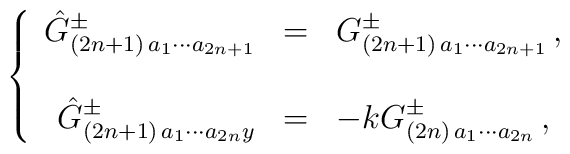
\left\{\begin{array}{rcl}\hat{G}^{\pm}_{(2n+1)\, a_{1}\cdots a_{2n+1}} & = & G^{\pm}_{(2n+1)\, a_{1}\cdots a_{2n+1}}\, ,\\& & \\\hat{G}^{\pm}_{(2n+1)\, a_{1}\cdots a_{2n}y} & = & -kG^{\pm}_{(2n)\, a_{1}\cdots a_{2n}}\, ,\end{array}\right.